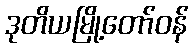
ဒုတိယမြို့တော်ဝန်